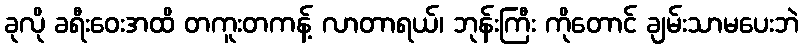
ခုလို ခရီးဝေးအထိ တကူးတကန့် လာတာရယ်၊ ဘုန်းကြီး ကိုတောင် ချမ်းသာမပေးဘဲ